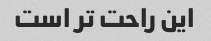
این راحت تر است